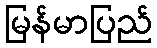
မြန်မာပြည်